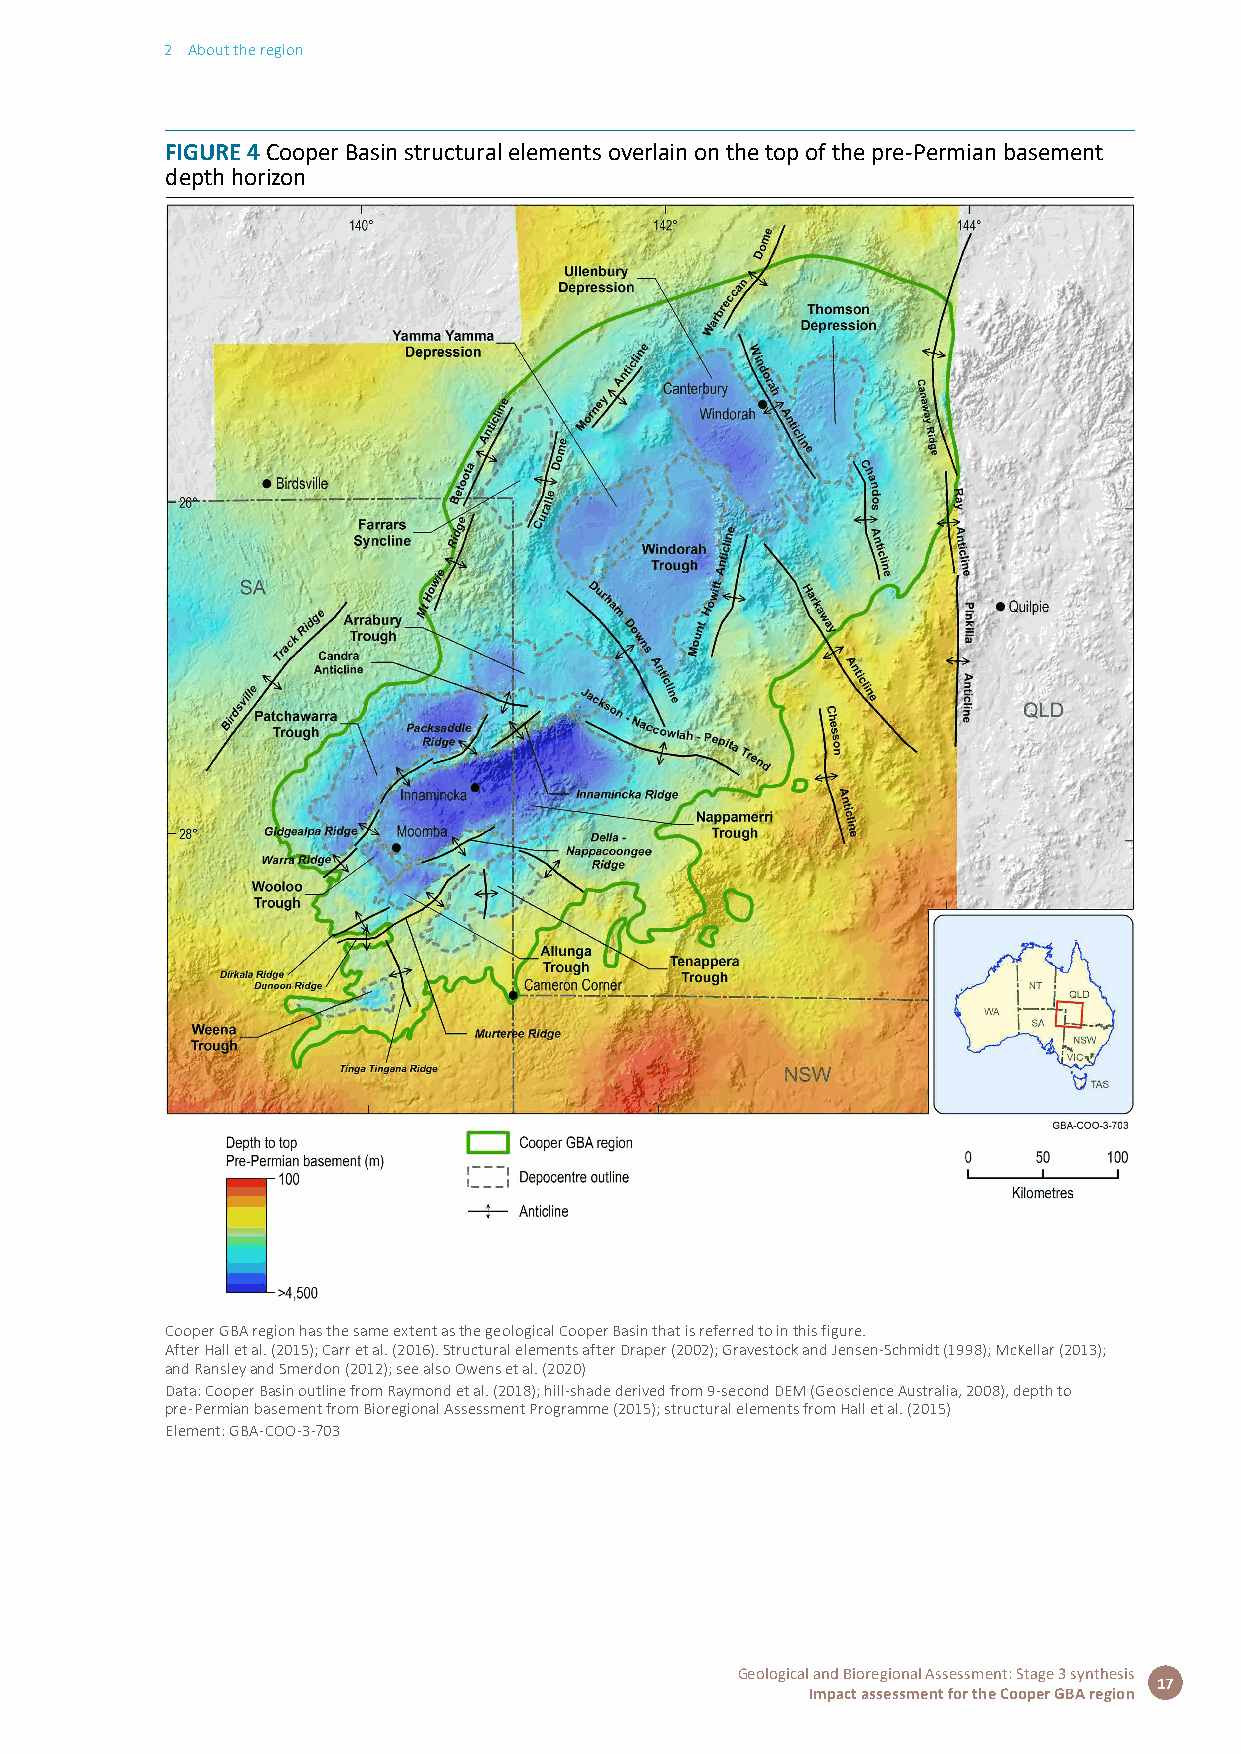
2 About the region
 FIGURE 4 Cooper Basin structural elements overlain on the top of the pre-Permian basement
 depth horizon
 Cooper GBA region has the same extent as the geological Cooper Basin that is referred to in this figure.
 After Hall et al. (2015); Carr et al. (2016). Structural elements after Draper (2002); Gravestock and Jensen-Schmidt (1998); McKellar (2013);
 and Ransley and Smerdon (2012); see also Owens et al. (2020)
 Data: Cooper Basin outline from Raymond et al. (2018); hill-shade derived from 9-second DEM (Geoscience Australia, 2008), depth to
 pre-Permian basement from Bioregional Assessment Programme (2015); structural elements from Hall et al. (2015)
 Element: GBA-COO-3-703
 Geological and Bioregional Assessment: Stage 3 synthesis
 17
 Impact assessment for the Cooper GBA region